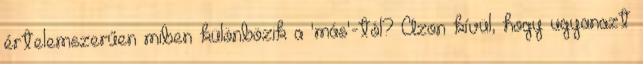
értelemszerűen miben különbözik a 'más'-tól? Azon kívül, hogy ugyanazt